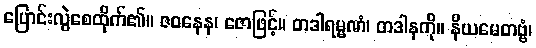
ပြောင်းလွဲစေထိုက်၏။ ဇဝနေန၊ ဇောဖြင့်။ တဒါရမ္မဏံ၊ တဒါနကို။ နိယမေတဗ္ဗံ၊